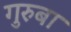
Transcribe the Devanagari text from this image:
गुरुबा